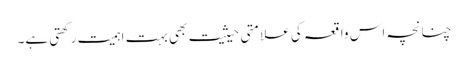
چنانچہ اس واقعہ کی علامتی حیثیت بھی بہت اہمیت رکھتی ہے۔